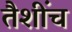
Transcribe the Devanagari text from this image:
तैशींच